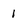
Character: 1